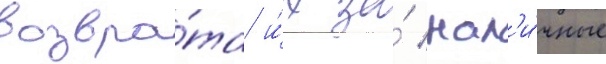
возвра́та и́х за́ нал'и́чные